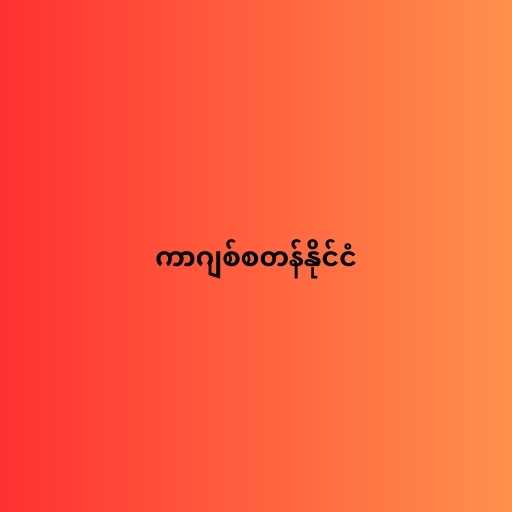
ကာဂျစ်စတန်နိုင်ငံ